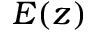
E ( z )